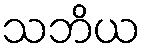
သဘိယ